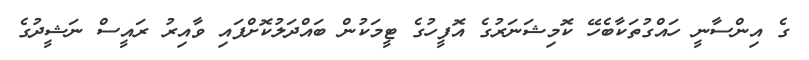
ގެ އިންސާނީ ހައްގުތަކާބެހޭ ކޮމިޝަނަރުގެ އޮފީހުގެ ޓީމަކުން ބައްދަލުކޮށްފައި ވާއިރު ރައީސް ނަޝީދުގެ